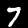
Digit: 7